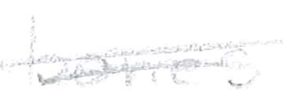
Text: bones
Cross-out: double-line
Writing tool: pencil